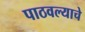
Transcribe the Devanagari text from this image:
पाठवल्याचे